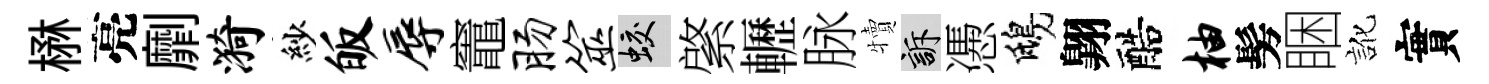
楙亮劘漪紗皈辱竈肠筮蛟綮轣脉犢訴慿鴟翺醅柚髣睏訛實